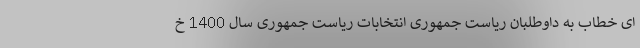
ای خطاب به داوطلبان ریاست جمهوری انتخابات ریاست جمهوری سال 1400 خ